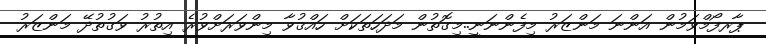
ޕާރފޯމްވަމުން އަންނަ މަންޒަރު މިފެންނަނީ..މިގޮތުން މަދަހަތަކަށް ހައްޤުވާ މިންވަރަށްވުރެ އިތުރު ވަގުތުދޭ މަންޒަރު